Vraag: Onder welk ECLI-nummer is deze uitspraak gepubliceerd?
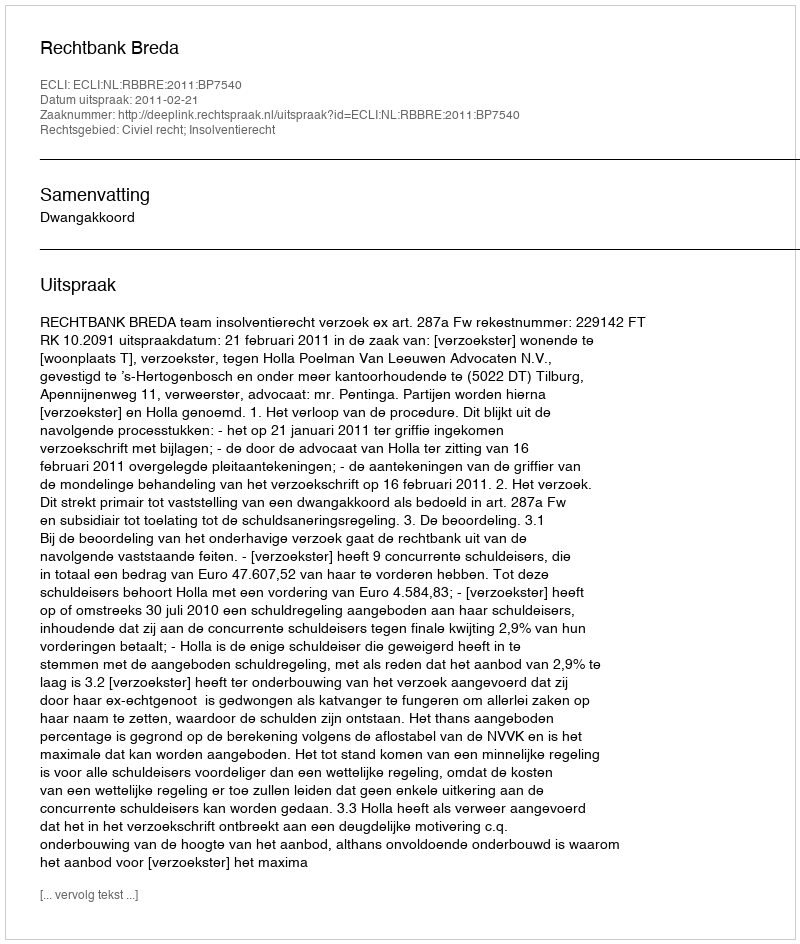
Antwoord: ECLI:NL:RBBRE:2011:BP7540